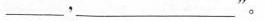
__，___‘。